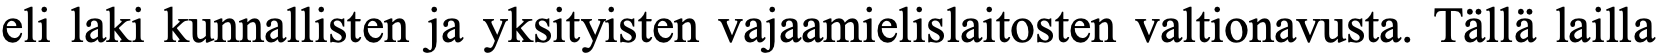
eli laki kunnallisten ja yksityisten vajaamielislaitosten valtionavusta. Tällä lailla